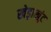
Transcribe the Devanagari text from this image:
खेड़ाखूंट